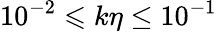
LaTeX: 10^{-2}\leqslant k\eta\le 10^{-1}